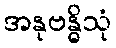
အနုဗန္ဓိသုံ